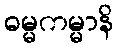
ဓမ္မကမ္မာနိ